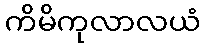
ကိမိကုလာလယံ